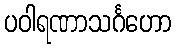
ပဝါရဏာသင်္ဂဟော